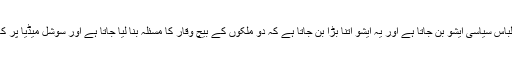
مگر کبھی کبھی یہی لباس سیاسی ایشو بن جاتا ہے اور یہ ایشو اتنا بڑا بن جاتا ہے کہ دو ملکوں کے بیچ وقار کا مسئلہ بنا لیا جاتا ہے اور سوشل میڈیا پر کھیل شروع ہوجاتاہے ۔